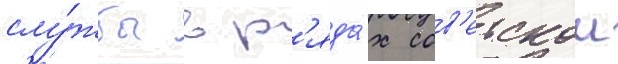
слу́жбы в р'яда́х сов'етскои